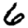
Digit: 6